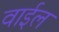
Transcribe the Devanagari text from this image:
वाईल